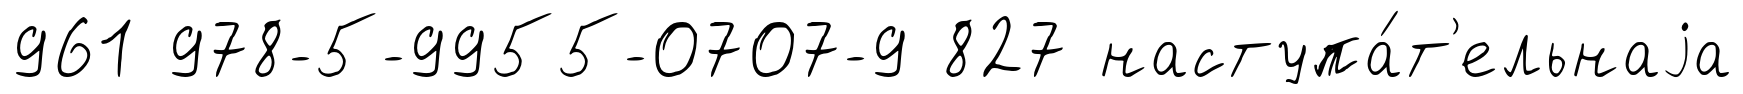
961 978-5-9955-0707-9 827 наступа́т'ельнаjа